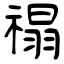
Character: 禢